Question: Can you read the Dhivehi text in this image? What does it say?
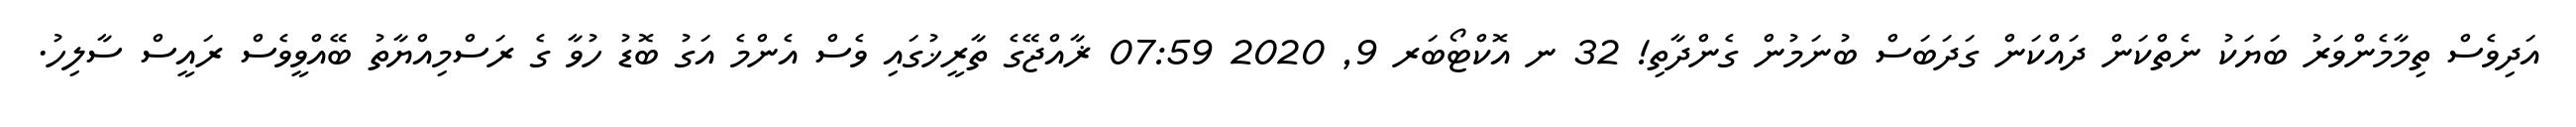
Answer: އަދިވެސް ތިމާމެންވަރު ބަޔަކު ނެތްކަން ދައްކަން ގަދަބަސް ބުނަމުން ގެންދާތި! 32 ނ އޮކްޓޯބަރ 9, 2020 07:59 ޜާއްޖޭގެ ތާރީޚުގައި ވެސް އެންމެ އަގު ބޮޑު ހުވާ ގެ ރަސްމިއްޔާތު ބޭއްވީވެސް ރައީސް ސާލިހު.